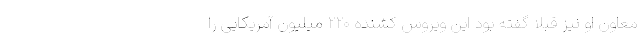
معاون او نیز قبلاً گفته بود این ویروس کشنده ۲۲۰ میلیون آمریکایی را